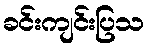
ခင်းကျင်းပြသ